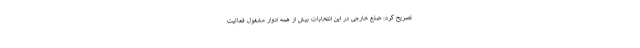
تصریح کرد: ضلع خارجی در این انتخابات بیش از همه ادوار مشغول فعالیت